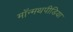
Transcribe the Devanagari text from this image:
मॉन्मथपीडिया